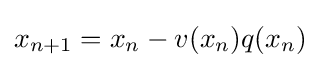
x_{n+1}=x_{n}-v(x_{n})q(x_{n})